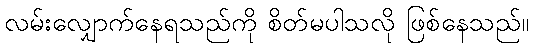
လမ်းလျှောက်နေရသည်ကို စိတ်မပါသလို ဖြစ်နေသည်။